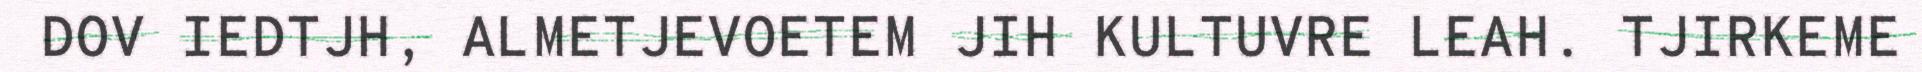
DOV IEDTJH, ALMETJEVOETEM JIH KULTUVRE LEAH. TJIRKEME